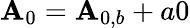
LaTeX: {\mathbf{A}_{0}}={\mathbf{A}_{0,b}}+a0